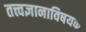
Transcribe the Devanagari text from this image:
तत्त्वज्ञानाविषयक